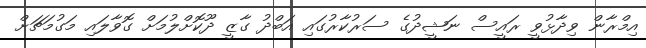
އިމްރާން ވިދާޅުވީ ރައީސް ނަޝީދުގެ ސަރުކާރުގައި އަބްދު ގާޒީ ދޫކޮށްލުމަށް ގޮވާލައި މަގުމަޗަށް